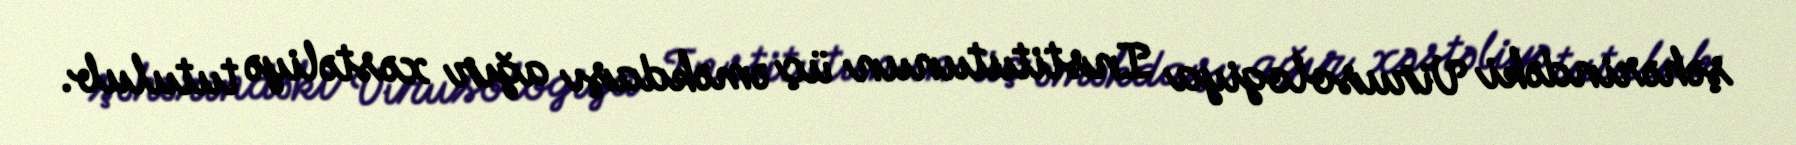
şəhərindəki Virusologiya Institutunun üç əməkdaşı ağır xəstəliyə tutulub.